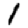
Digit: 1